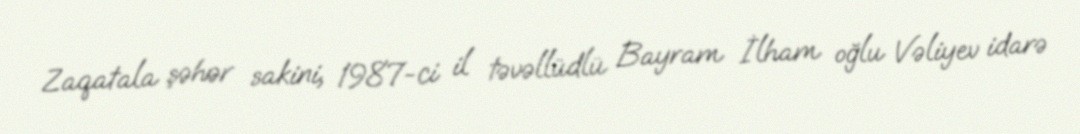
Zaqatala şəhər sakini, 1987-ci il təvəllüdlü Bayram İlham oğlu Vəliyev idarə